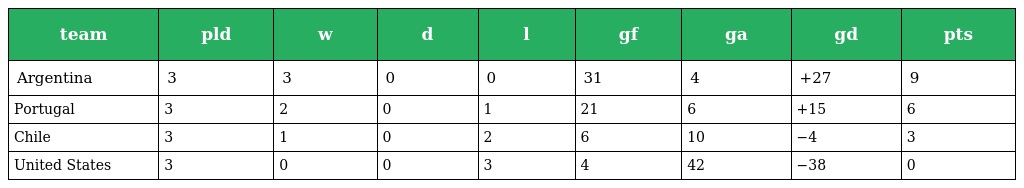
| team | pld | w | d | l | gf | ga | gd | pts |
 | --- | --- | --- | --- | --- | --- | --- | --- | --- |
 | Argentina | 3 | 3 | 0 | 0 | 31 | 4 | +27 | 9 |
 | Portugal | 3 | 2 | 0 | 1 | 21 | 6 | +15 | 6 |
 | Chile | 3 | 1 | 0 | 2 | 6 | 10 | −4 | 3 |
 | United States | 3 | 0 | 0 | 3 | 4 | 42 | −38 | 0 |